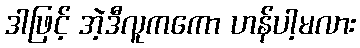
ဒါဖြင့် အဲ့ဒီလူကကော ဟန်ပါ့မလား